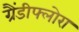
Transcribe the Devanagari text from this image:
ग्रैंडीफ्लोरा